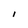
Character: I